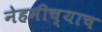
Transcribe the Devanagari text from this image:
नेहमीच्याच